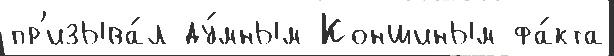
пр'изыва́л ду́мным Коншиным фа́кта